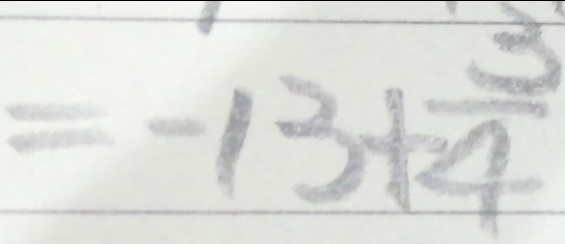
= - 1 3 + \frac { 3 } { 4 }